Scottish Leaving Certificate Examination, 1961
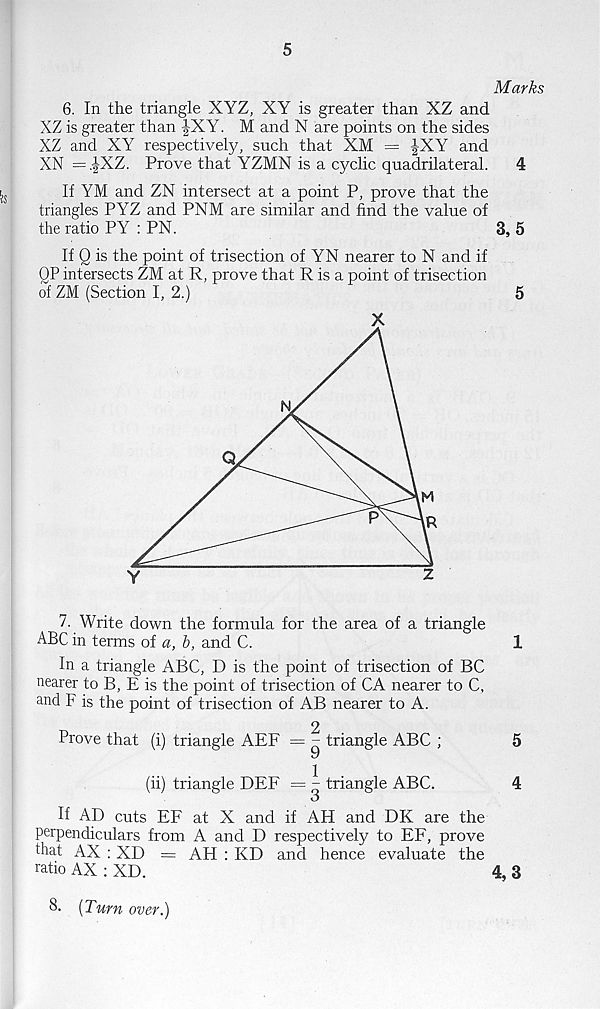
5
Marks
6. In the triangle XYZ, XY is greater than XZ and
XZ is greater than |XY. M and N are points on the sides
XZ and XY respectively, such that XM = JXY and
XN =.JXZ. Prove that YZMN is a cyclic quadrilateral.
4
If YM and ZN intersect at a point P, prove that the
triangles PYZ and PNM are similar and find the value of
the ratio PY : PN.
3, 5
If Q is the point of trisection of YN nearer to N and if
QP intersects ZM at R, prove that R is a point of trisection
of ZM (Section I, 2.)
5
7. Write down the formula for the area of a triangle
ABC in terms of a, b, and C.
1
In a triangle ABC, D is the point of trisection of BC
nearer to B, E is the point of trisection of CA nearer to C,
and F is the point of trisection of AB nearer to A.
T,
2
Prove that (i) triangle AEF = - triangle ABC ;
5
9
(ii) triangle DEE = - triangle ABC.
4
O
If AD cuts EF at X and if AH and DK are the
perpendiculars from A and D respectively to EF, prove
that AX : XD = AH : KD and hence evaluate the
ratio AX : XD.
4, 3
8. [Turn over.)